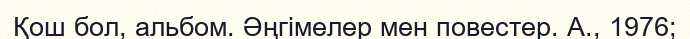
Қош бол, альбом. Әңгімелер мен повестер. А., 1976;